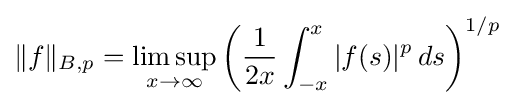
\|f\|_{B,p}=\limsup _{x\to \infty }\left({1 \over 2x}\int _{-x}^{x}|f(s)|^{p}\,ds\right)^{1/p}